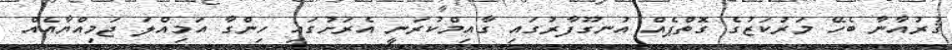
ޤުރުއާނާ ބެހޭ މަރުކަޒުގެ ގޮތްޕެއް އުނގޫފާރުގައި ގާއިމްކުރަނީ އެރަށުގައި ހިންގާ އަމިއްލަ ޖަމިއްޔާއެއް